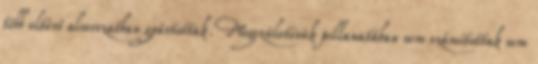
több eltérő alsorozatban gyártottak. Megszületésük pillanatában sem számítottak sem